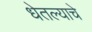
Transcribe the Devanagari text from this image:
धेतल्याचे